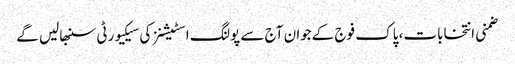
ضمنی انتخابات، پاک فوج کےجوان آج سے پولنگ اسٹیشنز کی سیکیورٹی سنبھالیں گے